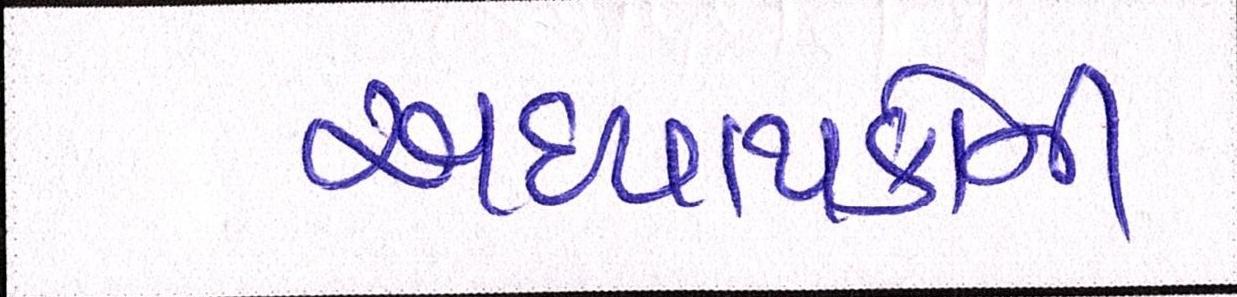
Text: અધ્યાપકોની